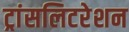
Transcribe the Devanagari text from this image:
ट्रांसलिटरेशन